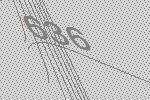
636